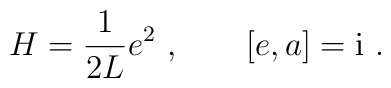
H=\frac{1}{2L} e^2 \ , \qquad [e,a] = {\rm i} \ .